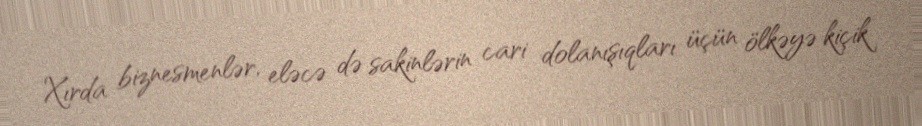
Xırda biznesmenlər, eləcə də sakinlərin cari dolanışıqları üçün ölkəyə kiçik